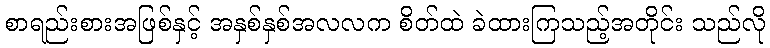
စာရည်းစားအဖြစ်နှင့် အနှစ်နှစ်အလလက စိတ်ထဲ ခဲထားကြသည့်အတိုင်း သည်လို